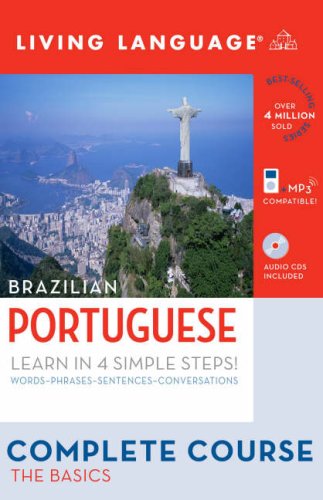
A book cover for Complete Portuguese: The Basics (Book and CD Set): Includes Coursebook, 4 Audio CDs, and Learner's Dictionary (Complete Basic Courses); Living Language; Travel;